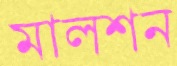
মালশন